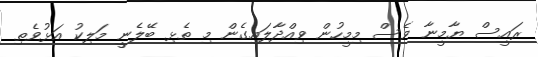
ރައީސް ޔާމީނާ ވެސް މިމީހުން ވިއްދާލައިގެން މި ތެޅި ބޭލެނީީ މަލިކު އަޅުވެތި